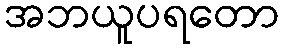
အဘယူပရတော